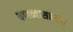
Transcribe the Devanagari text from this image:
वणव्यासारखा